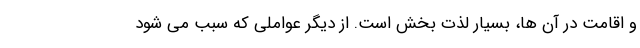
و اقامت در آن ها، بسیار لذت بخش است. از دیگر عواملی که سبب می شود